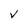
Character: V